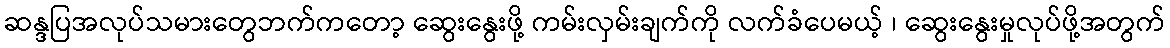
ဆန္ဒပြအလုပ်သမားတွေဘက်ကတော့ ဆွေးနွေးဖို့ ကမ်းလှမ်းချက်ကို လက်ခံပေမယ့် ၊ ဆွေးနွေးမှုလုပ်ဖို့အတွက်